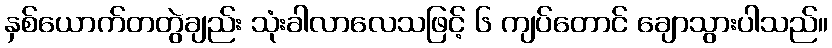
နှစ်ယောက်တတွဲချည်း သုံးခါလာလေသဖြင့် ၆ ကျပ်တောင် ချောသွားပါသည်။